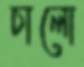
চালো